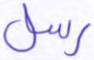
رسل